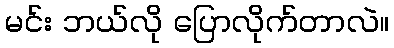
မင်း ဘယ်လို ပြောလိုက်တာလဲ။